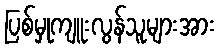
ပြစ်မှုကျူးလွန်သူများအား